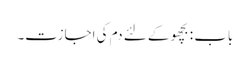
باب : بچھو کے لئے دم کی اجازت۔